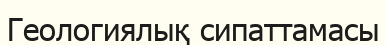
Геологиялық сипаттамасы